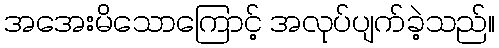
အအေးမိသောကြောင့် အလုပ်ပျက်ခဲ့သည်။